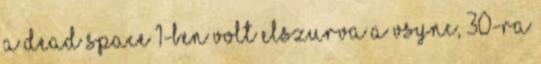
A Dead Space 1-ben volt elszurva a vsync, 30-ra